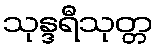
သုန္ဒရီသုတ္တ